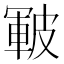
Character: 皸